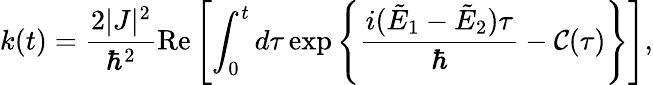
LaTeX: k(t)=\frac{2|J|^{2}}{\hbar^{2}}\mathrm{Re}\left[\int_{0}^{t}d\tau\exp\left\{ \frac{i(\tilde{E}_{1}-\tilde{E}_{2})\tau}{\hbar}-{\mathcal C}(\tau)\right\} \right],